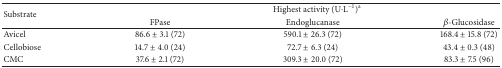
<table><thead><tr><td rowspan="2"><b>Substrate</b></td><td colspan="3"><b>Highest activity (U<i>·</i>L<sup>−1</sup>)<sup>a</sup></b></td></tr><tr><td><b>FPase</b></td><td><b>Endoglucanase</b></td><td><b><i>β</i>-Glucosidase</b></td></tr></thead><tbody><tr><td>Avicel</td><td>86.6 ± 3.1 (72)</td><td>590.1 ± 26.3 (72)</td><td>168.4 ± 15.8 (72)</td></tr><tr><td>Cellobiose</td><td>14.7 ± 4.0 (24)</td><td>72.7 ± 6.3 (24)</td><td>43.4 ± 0.3 (48)</td></tr><tr><td>CMC</td><td>37.6 ± 2.1 (72)</td><td>309.3 ± 20.0 (72)</td><td>83.3 ± 7.5 (96)</td></tr></tbody></table>